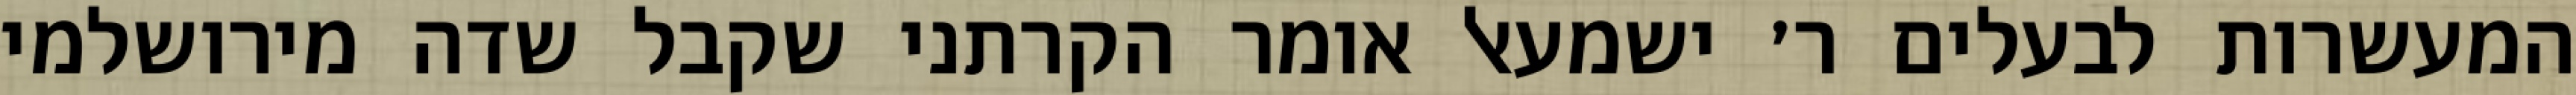
המעשרות לבעלים ר׳ ישמעאל אומר הקרתני שקבל שדה מירושלמי